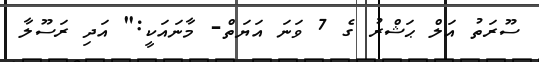
ސޫރަތު އަލް ޙަޝްރު ގެ 7 ވަނަ އަޔަތް- މާނައަކީ:" އަދި ރަސޫލާ